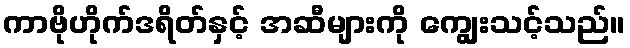
ကာဗိုဟိုက်ဒရိတ်နှင့် အဆီများကို ကျွေးသင့်သည်။